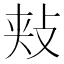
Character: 𪯋